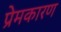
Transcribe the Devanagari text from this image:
प्रेमकारण